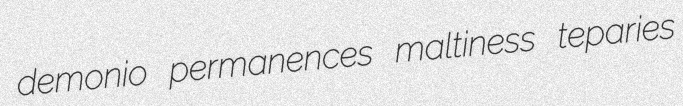
demonio permanences maltiness teparies